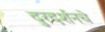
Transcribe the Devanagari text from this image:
दुरदर्शनचे